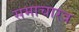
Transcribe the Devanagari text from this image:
समाचारत्र